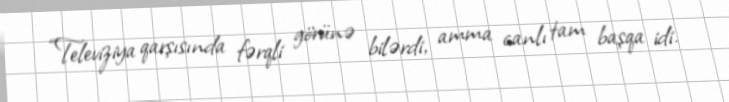
“Televiziya qarşısında fərqli görünə bilərdi, amma canlı tam başqa idi.